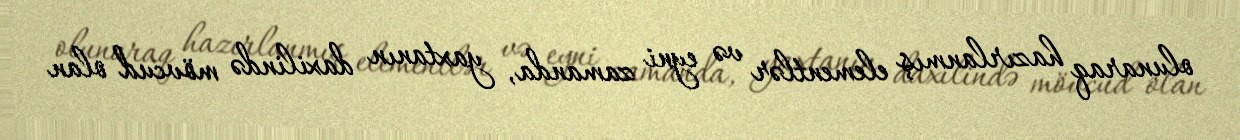
olunaraq hazırlanmış elementlər və eyni zamanda, yaxtanın daxilində mövcud olan